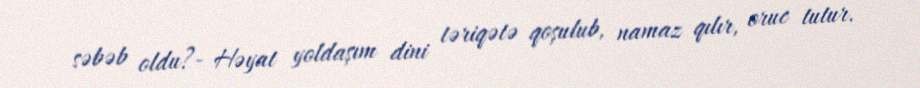
səbəb oldu?- Həyat yoldaşım dini təriqətə qoşulub, namaz qılır, oruc tutur.